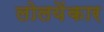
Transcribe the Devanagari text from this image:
लोलयेंकार